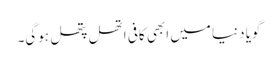
گویا دنیا میں ابھی کافی اتھل پتھل ہوگی۔